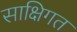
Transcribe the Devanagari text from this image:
साक्षिगत